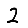
Digit: 2